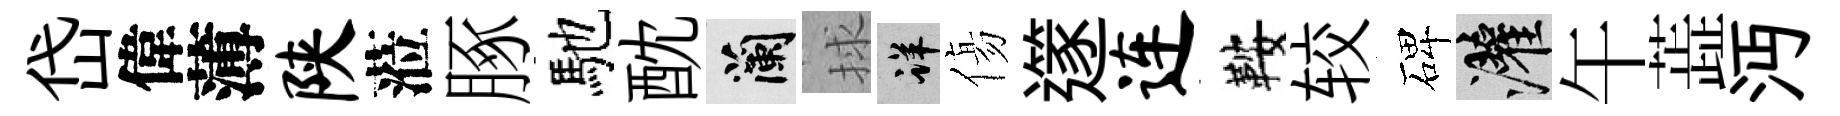
岱偉薄陕蒞䐁馳酖蘭捄详傷𨗹连鞍较碑灌午蕋沔